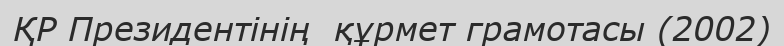
ҚР Президентінің  құрмет грамотасы (2002)